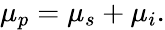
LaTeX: \begin{array}{r}{\mu_{p}=\mu_{s}+\mu_{i}.}\end{array}